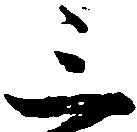
三